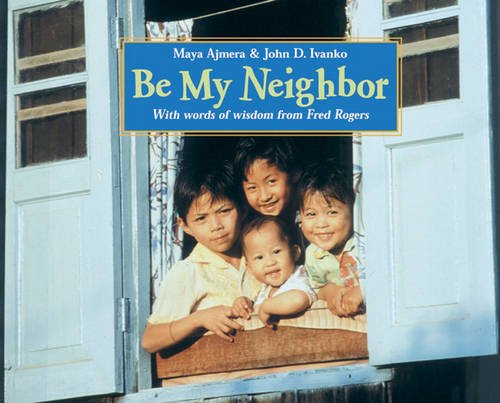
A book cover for Be My Neighbor; Maya Ajmera; Children's Books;